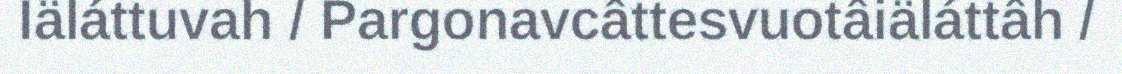
Iäláttuvah / Pargonavcâttesvuotâiäláttâh /